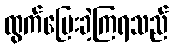
ထွက်ပြေးခဲ့ကြရသည်